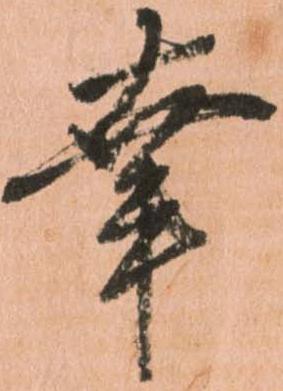
幸